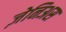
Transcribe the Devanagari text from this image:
ज़ेनिअस